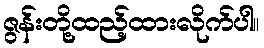
ဇွန်းတို့ထည့်ထားလိုက်ပါ။